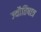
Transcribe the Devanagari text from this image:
ज्यौतिषात्र